Venemaal_asunud_Eesti_seltside_dokumendid, lk 24
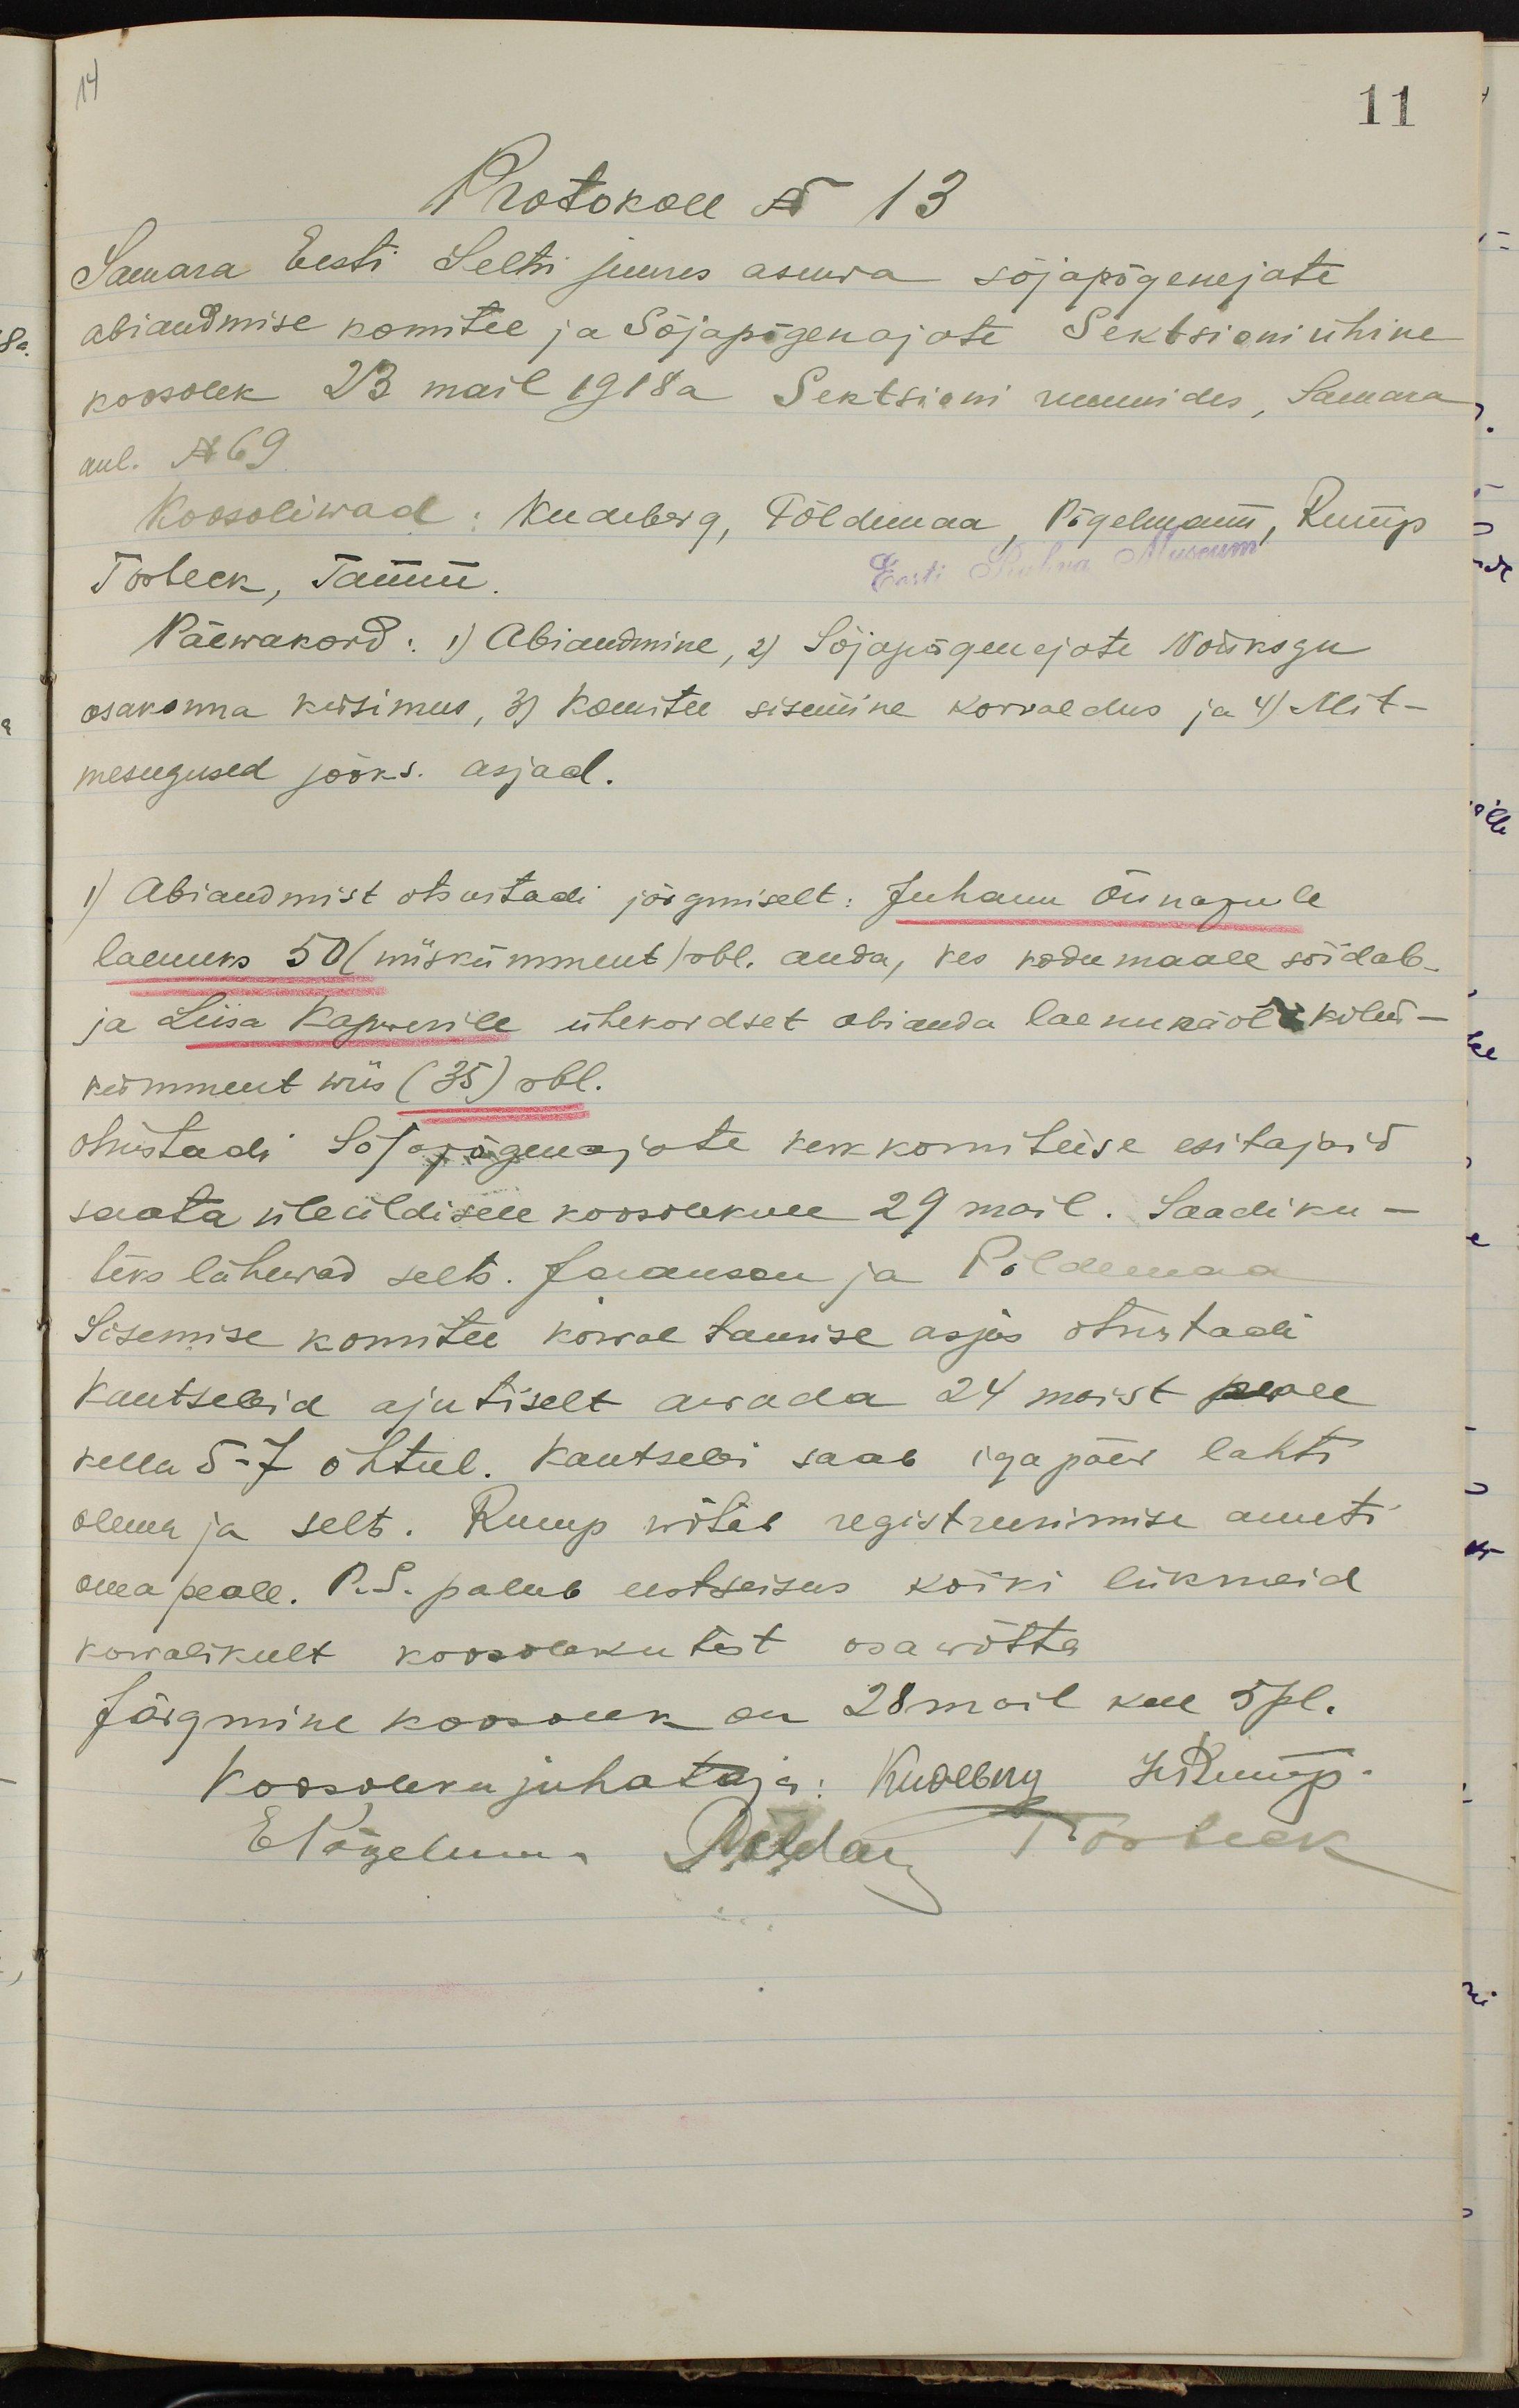
14
11
Protokoll N 13
Samara Eesti Seltsi juures asuwa sõjapõgenejate
abiandmise komitee ja Sõjapõgenajate Sektsioni ühine
koosolek 23 mail 1918 a Sektsioni ruumides, Samara
uul. N 69
Koosoliwad: Kudeberg, Põldemaa, Põgelmann, Rump
Torbeck, Tamm.
Eesti Rahva Museum
Päewakord: 1) Abiandmine, 2) Sõjapõgenejate Nõukogu
osakonna küsimus, 3) Komitee sisemine korraldus ja 4) Mit-
mesugused jooks. asjad.
1) Abiandmist otsustadi järgmiselt: Juhann Õunapule
laenuks 50 (wiiskümment) rbl. anda, kes kodumaale sõidab,
ja Liisa Kapwerile ühekordset abi anda laenu näol kolm-
kümment wiis (35) rbl.
otsustadi Sõjapõgenajate keskkomiteise esitajaid
saata üleüldisele koosolekule 29 mail. Saadiku-
teks lähewad selts. Jaanson ja Põldemaa
Sisemise komitee korraltamise asjas otsustadi
kantseleid ajutiselt awada 24 maist peale
kella 5-7 õhtul. Kantseli saab igapäev lahti
olema ja selts. Rump wõtab registreerimise ameti
oma peale. P.S. palub eestseisus kõiki liikmeid
korralikult koosolekutest osawõtta
Järgmine koosolek on 28 mail kell 5 pl.
Koosoleku juhataja: Kudeberg Je Rump.
Elõgeluus Põldar Toobiek